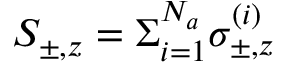
S _ { \pm , z } = \Sigma _ { i = 1 } ^ { N _ { a } } \sigma _ { \pm , z } ^ { ( i ) }